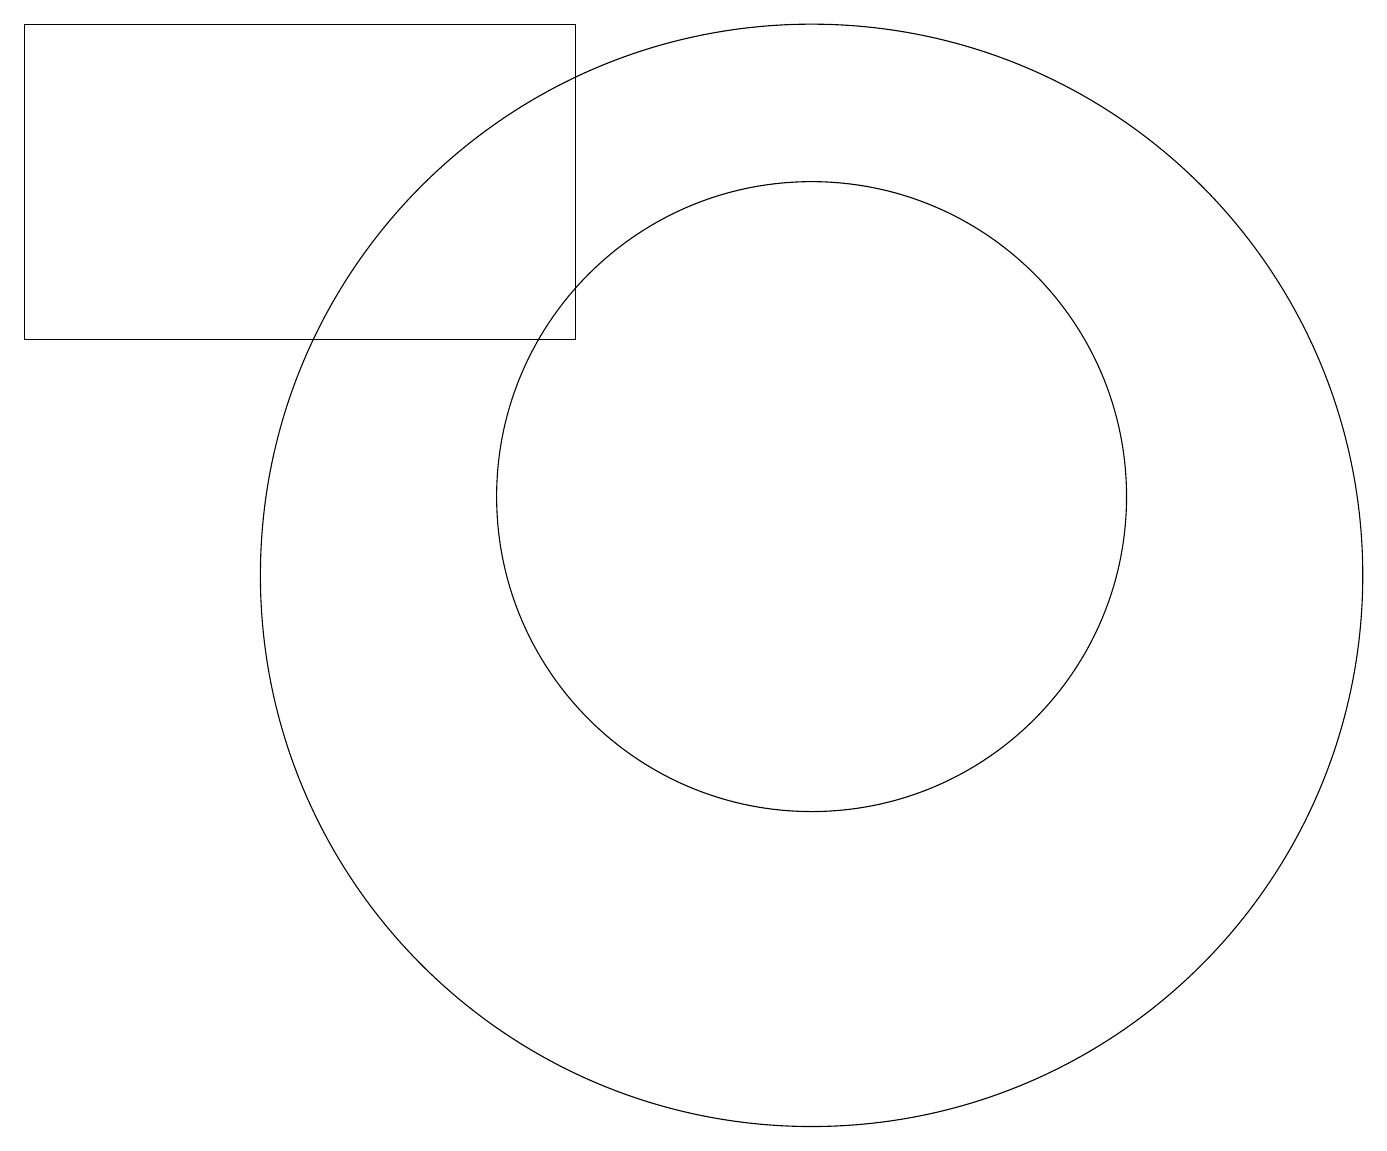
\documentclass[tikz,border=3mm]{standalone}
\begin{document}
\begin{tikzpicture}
\draw (11,11) circle (4);
\draw (11,10) circle (7);
\draw (1,17) rectangle (8,13);
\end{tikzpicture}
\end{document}